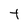
Character: t